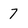
Character: 7